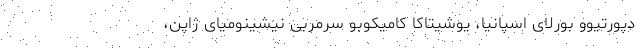
دپورتیوو بورلای اسپانیا، یوشیتاکا کامیکوبو سرمربی نیشینومیای ژاپن،